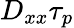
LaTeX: D_{xx}\tau_{p}